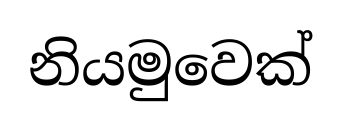
නියමුවෙක්